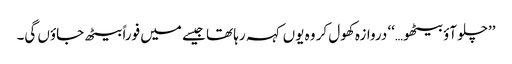
’’چلو آؤ بیٹھو…‘‘ دروازہ کھول کر وہ یوں کہہ رہا تھا جیسے میں فوراً بیٹھ جاؤں گی۔